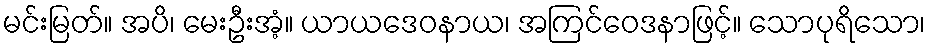
မင်းမြတ်။ အပိ၊ မေးဦးအံ့။ ယာယဒေဝနာယ၊ အကြင်ဝေဒနာဖြင့်။ သောပုရိသော၊